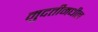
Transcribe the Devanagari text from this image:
मुदतीमधील